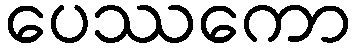
ပေဿကော